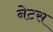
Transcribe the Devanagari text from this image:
नेटस